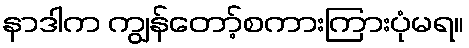
နာဒါက ကျွန်တော့်စကားကြားပုံမရ။